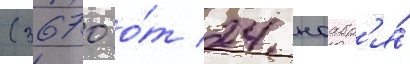
(3670 о́т 24 ноабр'я́